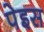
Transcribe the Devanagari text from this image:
पेइस